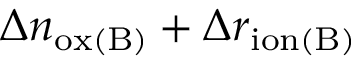
\Delta n _ { \mathrm { o x ( B ) } } + \Delta r _ { \mathrm { i o n ( B ) } }